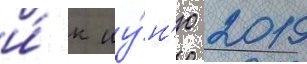
и́ к иу́н'ю 2019